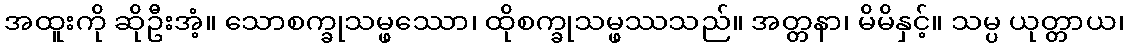
အထူးကို ဆိုဦးအံ့။ သောစက္ခုသမ္ဖဿော၊ ထိုစက္ခုသမ္ဖဿသည်။ အတ္တနာ၊ မိမိနှင့်။ သမ္ပ ယုတ္တာယ၊